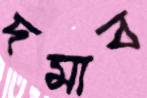
দমাব